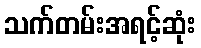
သက်တမ်းအရင့်ဆုံး